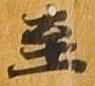
至